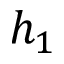
h _ { 1 }